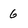
Character: 6